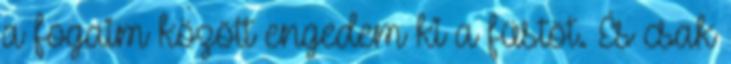
a fogaim között engedem ki a füstöt. És csak